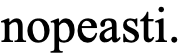
nopeasti.